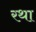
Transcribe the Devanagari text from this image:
रथा